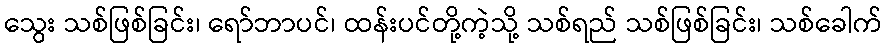
သွေး သစ်ဖြစ်ခြင်း၊ ရော်ဘာပင်၊ ထန်းပင်တို့ကဲ့သို့ သစ်ရည် သစ်ဖြစ်ခြင်း၊ သစ်ခေါက်